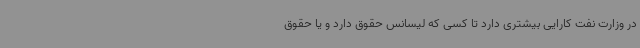
در وزارت نفت کارایی بیشتری دارد تا کسی که لیسانس حقوق دارد و یا حقوق